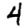
Digit: 4